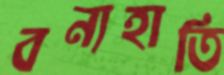
বন্যহাতি